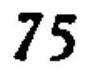
\(75\)